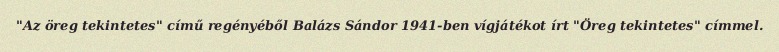
"Az öreg tekintetes" című regényéből Balázs Sándor 1941-ben vígjátékot írt "Öreg tekintetes" címmel.